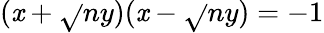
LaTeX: (\mathit{x}+{\sqrt{}{{n}}}y)(\mathit{x}-{\sqrt{}{{n}}}y)=-1